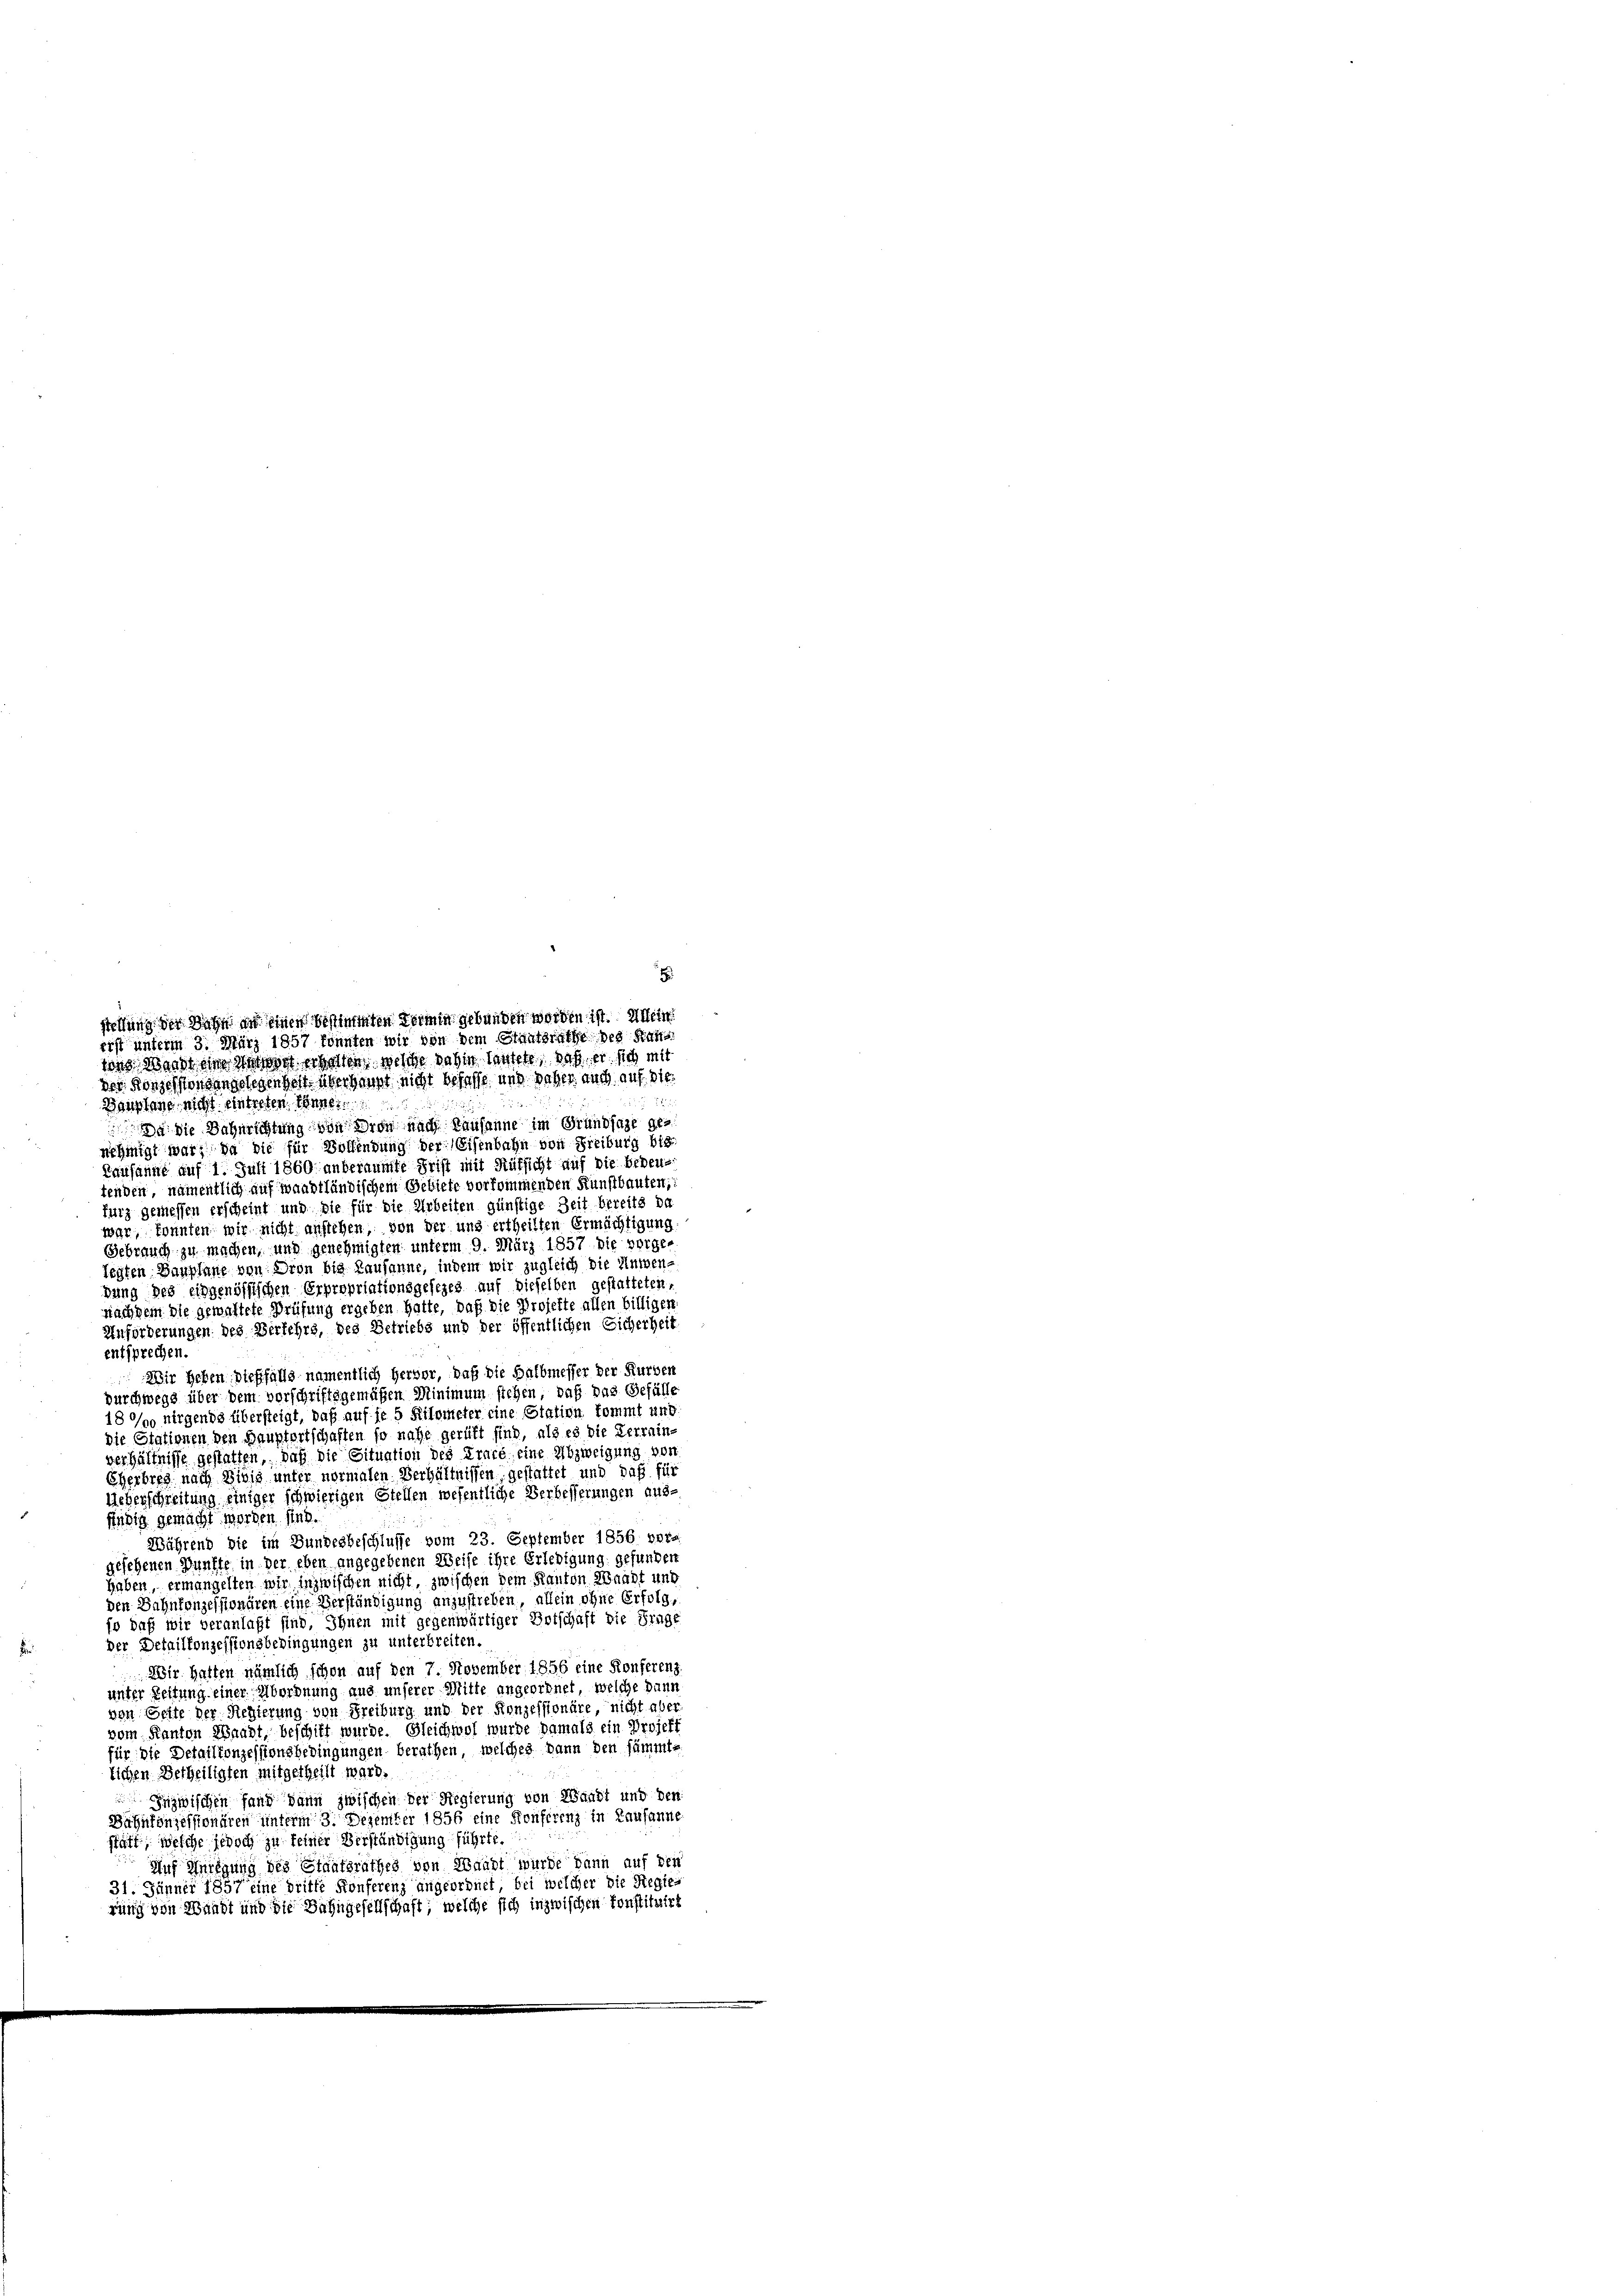
der Konzes sondangelegenheit überhaupt nicht befasse, und daher auch auf. Die
Bauplage nicht eintreten. Ebene

8
stellung der Sache an einer bestimmten Termin gebunden worden ist. Allein
rist unterm 3. März 1857 konnten wir von dem Staatsrathe des San
an Waadt eine Witwet erholten welche dahin lautete, daß er sich mit

a die Bahnrichtung von dron nach Lausanne im Grundsaze genehmigt war, da die für Bollendung der Eisenbahn von Freiburg bis
Kausanne auf 1. Juli 1860 anberaumte Frist mit Rüksicht auf die bedeutenden, namentlich auf Waadtländischem Gebiete vorkommenden Kunstbauten;
furz gemessen erscheint und sie für die Arbeiten günstige Zeit bereits da
war, konnten wir nicht anstehen, von der und ertheilten Ermächtigung
Gebrauch zu machen, und genehmigten unterm 9. März 1857 die vorge-
legten Bauplane von Dron bis Lausanne, indem wir zugleich die Unten-
dung des eidgenössischen Erpropriationsgesezes auf dieselben gestatteten,
nachdem die gewaltete Prüfung ergeben hatte, daß die Projekte allen billigen
Anförderungen des Verfehrs, des Betriebs und der öffentlichen Sicherheit
entsprechen.
Wir heben, dießfalls namentlich hervor, daß die Halbmesser der Kurben
Durchwegs über dem vorschriftsgemäßen Minimum stehen, daß das Gefülle
18°/o nirgends übersteigt, daß auf je 5 Kilometer eine Station kommt und
die Stationen den Bauptortschaften so nahe gerüft sind, als es die Verrain-
verhältnisse gestatten, daß die Situation des Trace, eine Abzweigung von
Eherbreg nach Wisig unter normalen Verhältnissen, gestattet und daß für
Ueberschreitung einiger schwierigen Stellen wesentliche Verbesserungen ausfädig gemacht worden sind.
Während Sie im Bundesbeschlusse vom 23. September 1856 vers
gesehenen Punkte in der eben angegebenen Weise ihre Erledigung gefunden
haben, ermangelten wir inzwischen nicht, zwischen dem Kanton Waadt und
den Bahnkonzessionären eine Verständigung anzustreben, allein ohne Erfolg,
so daß wir veranlaßt sind, Ihnen mit gegenwärtiger Botschaft die Frag
Der Detaillonzessionsbedingungen zu unterbreiten.
Wir hatten nämlich schon auf den 7. November 1856 eine Konferenz.
unter Zeitung einer Abordnung aus unserer Mitte angeordnet, welche dann
von Seite der Regierung von Freiburg und der Konzessionäre, nicht aber
vom Kanton Waadt, beschift wurde. Gleichwol wurde damals ein Projekt
für die Detaillonzessionsbedingungen berathen, welches dann den sämmtlichen Betheiligten mitgetheilt ward.
Inzwischen fand dann zwischen der Regierung von Waadt und den
Bahnfonzessionären unterm 3. Dezember 1856 eine Konferenz in Lausanne
statt, welche jedoch zu keiner Verständigung führte.
Auf Anregung des Staatsrathes von Waadt wurde dann auf den
31. Jänner 1857 eine dritte Konferenz angeordnet, bei welcher die Regierung von Wundt und die Bahngesellschaft, welche sich inzwischen Konstituirt